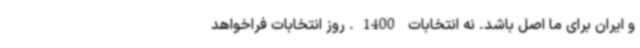
و ایران برای ما اصل باشد. نه انتخابات 1400. روز انتخابات فراخواهد